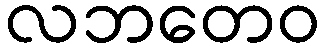
လဘတေဝ